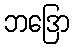
ဘဒြော